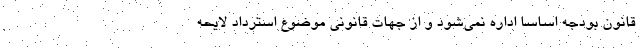
قانون بودجه اساساً اداره نمی‌شود و از جهات قانونی موضوع استرداد لایحه